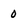
Character: 0